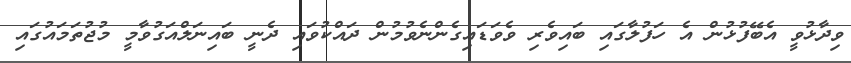
ވިދާޅުވީ އެބޭފުޅުން އެ ހަފުލާގައި ބައިވެރި ވެވަޑައިގެންނެވުމުން ދައްކުވައި ދެނީ ބައިނަލްއަގުވާމީ މުޖުތަމައުގައި